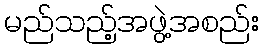
မည်သည့်အဖွဲ့အစည်း